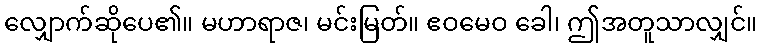
လျှောက်ဆိုပေ၏။ မဟာရာဇ၊ မင်းမြတ်။ ဧဝမေဝ ခေါ၊ ဤအတူသာလျှင်။